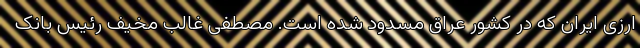
ارزی ایران که در کشور عراق مسدود شده است. مصطفی غالب مخیف رئیس بانک